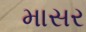
માસર